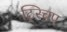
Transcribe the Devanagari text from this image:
ट्स्चिप